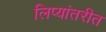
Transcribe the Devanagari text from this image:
लिप्यांतरीत